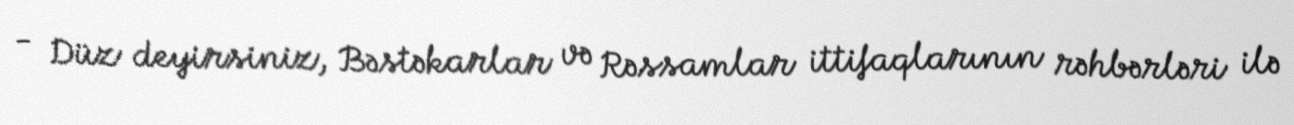
- Düz deyirsiniz, Bəstəkarlar və Rəssamlar ittifaqlarının rəhbərləri ilə